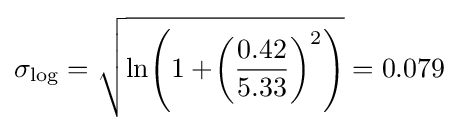
\sigma _{\log }={\sqrt {\ln \!\left(1+\!\left({\frac {0.42}{5.33}}\right)^{2}\right)}}=0.079